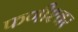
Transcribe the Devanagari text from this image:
फणीश्‍वर